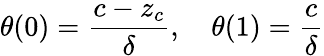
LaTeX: \theta(0)=\frac{c-z_{c}}{\delta},\quad\theta(1)=\frac{c}{\delta}